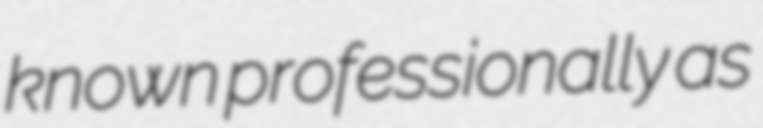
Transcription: known professionally as